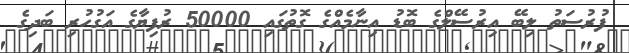
ފުރުސަތު ލިބޭ އިރުސޭލްގެ ބޮޑު އިނާމެއްގެ ގޮތުގައި 50000 ރުފިޔާގެ އަގުހުރި ބަދިގެ